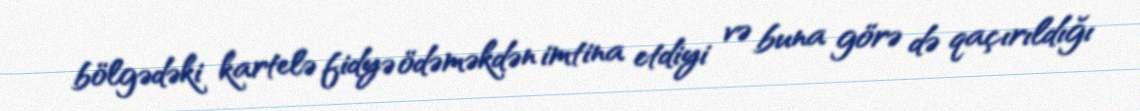
bölgədəki kartelə fidyə ödəməkdən imtina etdiyi və buna görə də qaçırıldığı